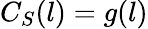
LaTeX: C_{S}(l)=g(l)